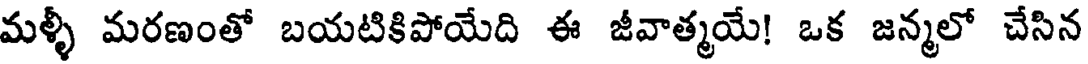
మళ్ళీ మరణంతో బయటికిపోయేది ఈ జీవాత్మయే! ఒక జన్మలో చేసిన